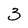
Character: 3